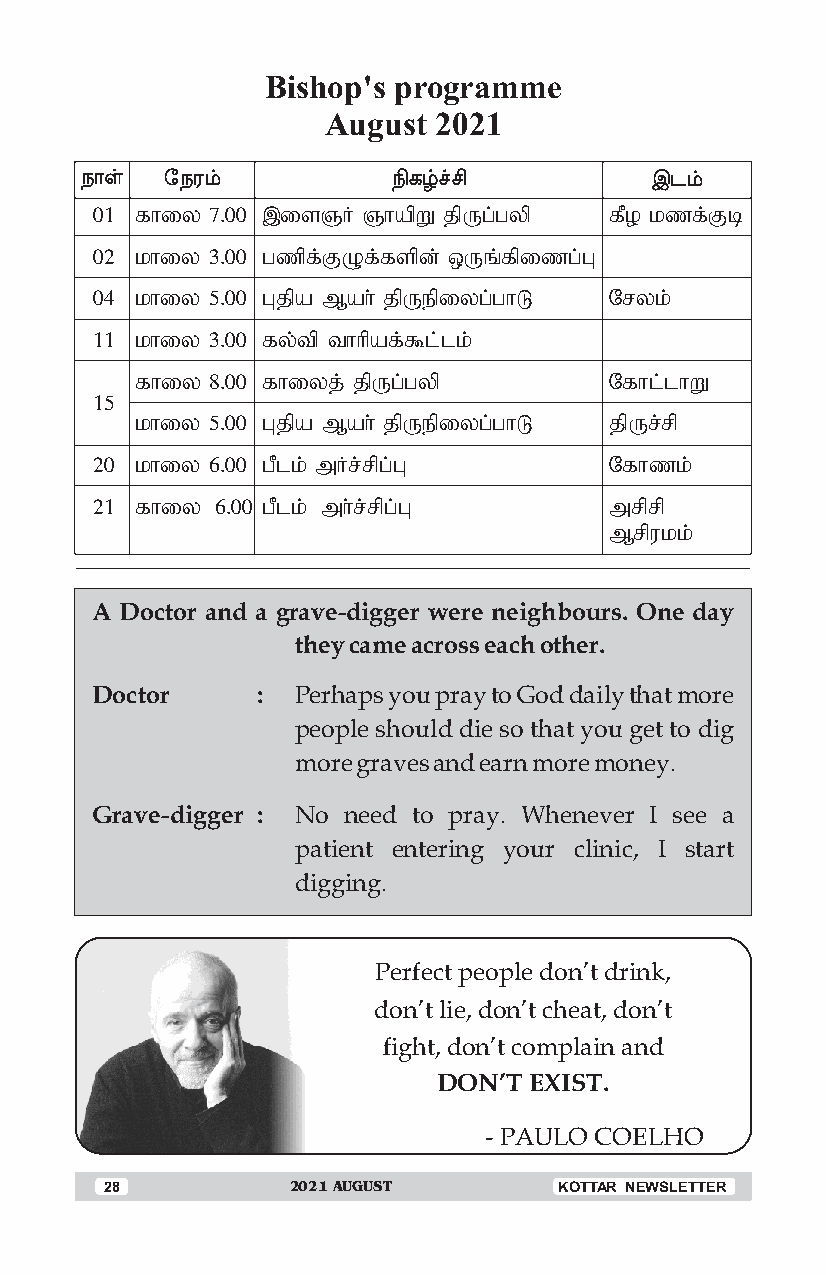
Bishop's programme
 August  2021
 ï£œ   «ïó‹           Gè›„C            Þì‹
 01 fhiy 7.00 ,isQH QhapW jpUg;gyp fPo kzf;Fb
 02 khiy 3.00 gzpf;FOf;fspd; xUq;fpizg;G
 04 khiy 5.00 Gjpa Mah; jpUepiyg;ghL Nryk;
 11 khiy 3.00 fy;tp thhpaf;$l;lk;
 fhiy 8.00 fhiyj; jpUg;gyp      Nfhl;lhW
 15
 khiy 5.00 Gjpa Mah; jpUepiyg;ghL jpUr;rp
 20 khiy 6.00 gPlk; mHr;rpg;G      Nfhzk;
 21 fhiy 6.00 gPlk; mh;r;rpg;G     mrprp
 Mrpukk;
 A Doctor and a grave-digger were neighbours. One day
 they came across each other.
 Doctor     : Perhaps you pray to God daily that more
 people should die so that you get to dig
 more graves and earn more money.
 Grave-digger : No need to pray. Whenever I see a
 patient entering your clinic, I start
 digging.
 Perfect people don’t drink,
 don’t lie, don’t cheat, don’t
 fight, don’t complain and
 DON’T EXIST.
 - PAULO COELHO
 28          2021 AUGUST       KOTTAR NEWSLETTER